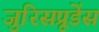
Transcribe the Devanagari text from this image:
जुरिसप्रूडेंस